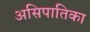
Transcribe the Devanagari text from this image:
असिपातिका